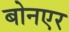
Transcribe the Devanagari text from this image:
बोनएर